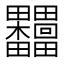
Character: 𣡺